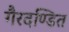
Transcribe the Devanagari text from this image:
गैरदण्डित